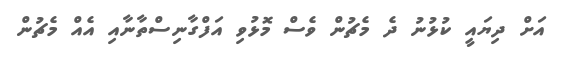
އަށް ދިޔައީ ކުޅުނު ދެ މެޗުން ވެސް މޮޅުވި އަފްގާނިސްތާނާއި އެއް މެޗުން